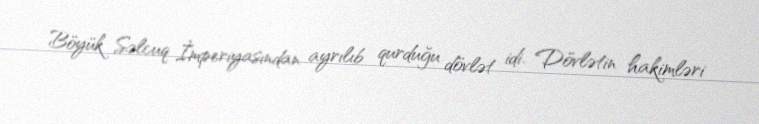
Böyük Səlcuq İmperiyasından ayrılıb qurduğu dövlət idi. Dövlətin hakimləri